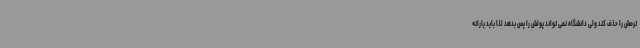
ترمش را حذف کند ولی دانشگاه نمی تواند پولش را پس بدهد لذا باید یارانه